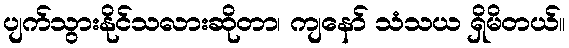
ပျက်သွားနိုင်သလားဆိုတာ၊ ကျနော် သံသယ ရှိမိတယ်။